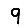
Digit: 9